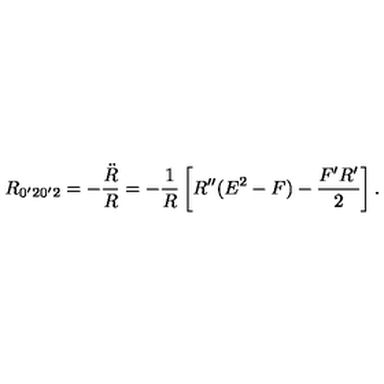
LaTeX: R _ { 0 ^ { \prime } 2 0 ^ { \prime } 2 } = - { \frac { \ddot { R } } { R } } = - { \frac { 1 } { R } } \left[ R ^ { \prime \prime } ( E ^ { 2 } - F ) - { \frac { F ^ { \prime } R ^ { \prime } } { 2 } } \right] .